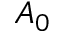
A _ { 0 }